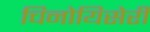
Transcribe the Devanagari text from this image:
चिनोयिसेरी